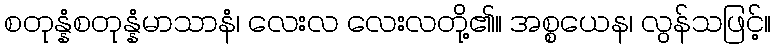
စတုန္နံစတုန္နံမာသာနံ၊ လေးလ လေးလတို့၏။ အစ္စယေန၊ လွန်သဖြင့်။